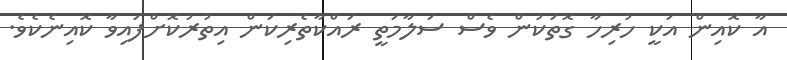
އާ ކޮއިން އަކީ ހުރިހާ ގޮތަކުން ވެސް ސަލާމަތީ ރައްކާތެރިކަން އިތުރުކޮށްފައިވާ ކޮއިނެކެވެ.